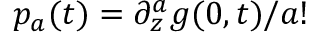
p _ { a } ( t ) = \partial _ { z } ^ { a } g ( 0 , t ) / a !